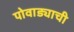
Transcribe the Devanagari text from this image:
पोवाड्याची